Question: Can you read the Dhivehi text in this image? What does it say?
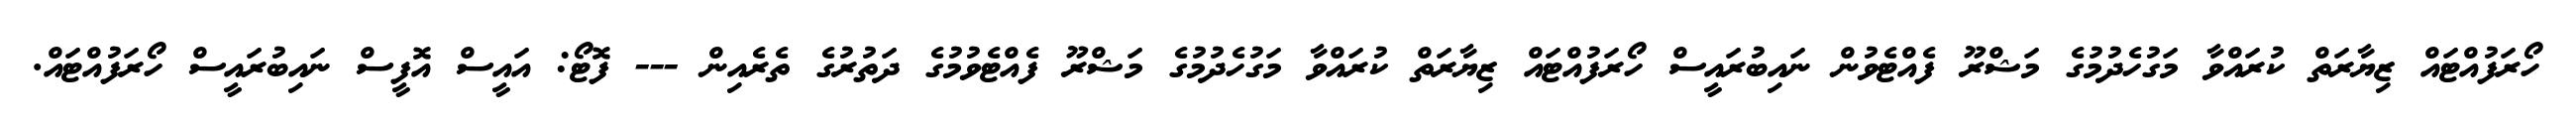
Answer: ހޯރަފުއްޓައް ޒިޔާރަތް ކުރައްވާ މަގުހެދުމުގެ މަޝްރޫ ފެއްޓެވުން ނައިބުރައީސް ހޯރަފުއްޓައް ޒިޔާރަތް ކުރައްވާ މަގުހެދުމުގެ މަޝްރޫ ފެއްޓެވުމުގެ ދަތުރުގެ ތެރެއިން --- ފޮޓޯ: އައީސް އޮފީސް ނައިބުރައީސް ހޯރަފުއްޓައް.